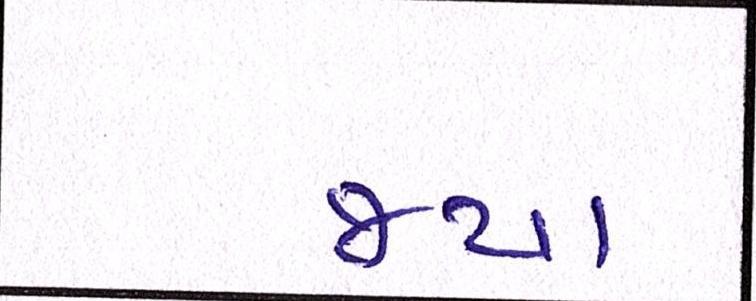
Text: જયા